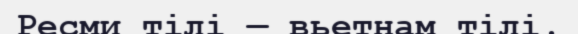
Ресми тілі — вьетнам тілі.